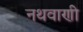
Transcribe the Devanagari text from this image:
नथवाणी